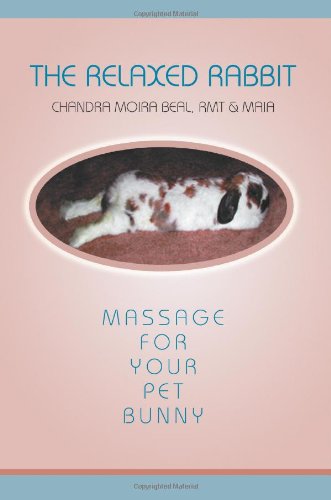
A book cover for The Relaxed Rabbit: Massage for Your Pet Bunny; Chandra Beal; Crafts, Hobbies & Home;